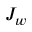
J _ { w }